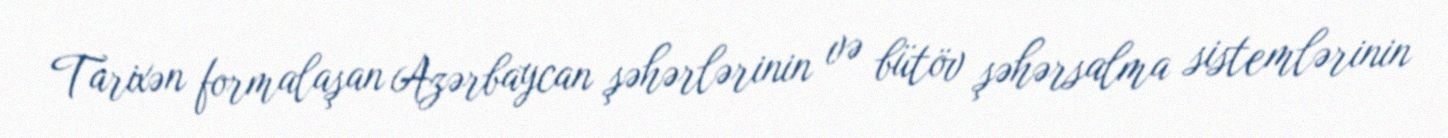
Tarixən formalaşan Azərbaycan şəhərlərinin və bütöv şəhərsalma sistemlərinin